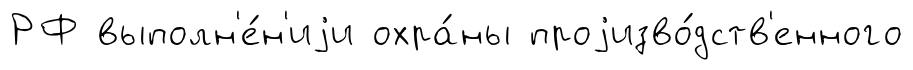
РФ выполн'е́н'иjи охра́ны проjизво́дств'енного